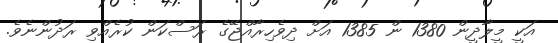
އަކީ މީލާދީން 1380 ން 1385 އަށް ދިވެހިރާއްޖޭގެ ރަސްކަން ކުރެއްވި ރަދުންނެވެ.